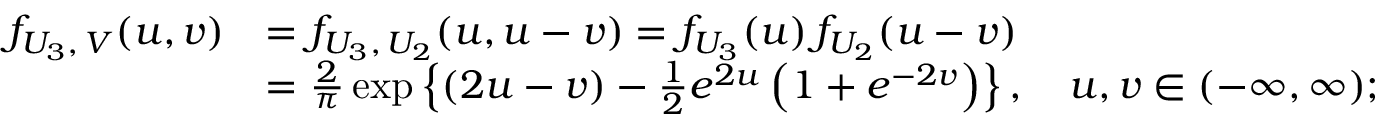
\begin{array} { r l } { f _ { U _ { 3 } , \, V } ( u , v ) } & { = f _ { U _ { 3 } , \, U _ { 2 } } ( u , u - v ) = f _ { U _ { 3 } } ( u ) \, f _ { U _ { 2 } } ( u - v ) } \\ & { = \frac { 2 } { \pi } \exp \left\{ ( 2 u - v ) - \frac { 1 } { 2 } e ^ { 2 u } \left( 1 + e ^ { - 2 v } \right) \right\} , \quad u , v \in ( - \infty , \infty ) ; } \end{array}